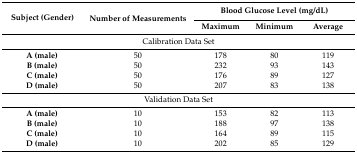
| <ROWSPAN=2> Subject (Gender) | <ROWSPAN=2> Number of Measurements | <COLSPAN=3> Blood Glucose Level (mg/dL) |
 | Maximum | Minimum | Average |
 | --- | --- | --- | --- | --- |
 | <COLSPAN=5> Calibration Data Set |
 | A (male) | 50 | 178 | 80 | 119 |
 | B (male) | 50 | 232 | 93 | 143 |
 | C (male) | 50 | 176 | 89 | 127 |
 | D (male) | 50 | 207 | 83 | 138 |
 | <COLSPAN=5> Validation Data Set |
 | A (male) | 10 | 153 | 82 | 113 |
 | B (male) | 10 | 188 | 97 | 138 |
 | C (male) | 10 | 164 | 89 | 115 |
 | D (male) | 10 | 202 | 85 | 129 |